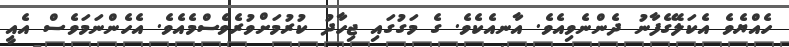
ހެއްޔެވެ އެކަލޭގެފާނު ދެންނެވިއެވެ. އާނއެކެވެ. ގެ މަގުގައި ޖިހާދު ކުރުމަށްވުރެވެސްމެއެވެ. އެހެންނަމަވެސް އެއީ